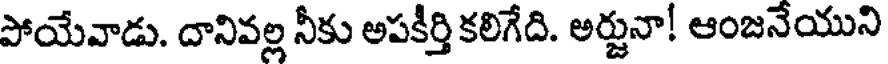
పోయేవాడు. దానివల్ల నీకు అపకీర్తి కలిగేది. అర్జునా! ఆంజనేయుని